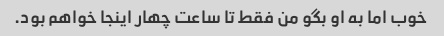
خوب اما به او بگو من فقط تا ساعت چهار اینجا خواهم بود.